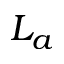
L _ { a }